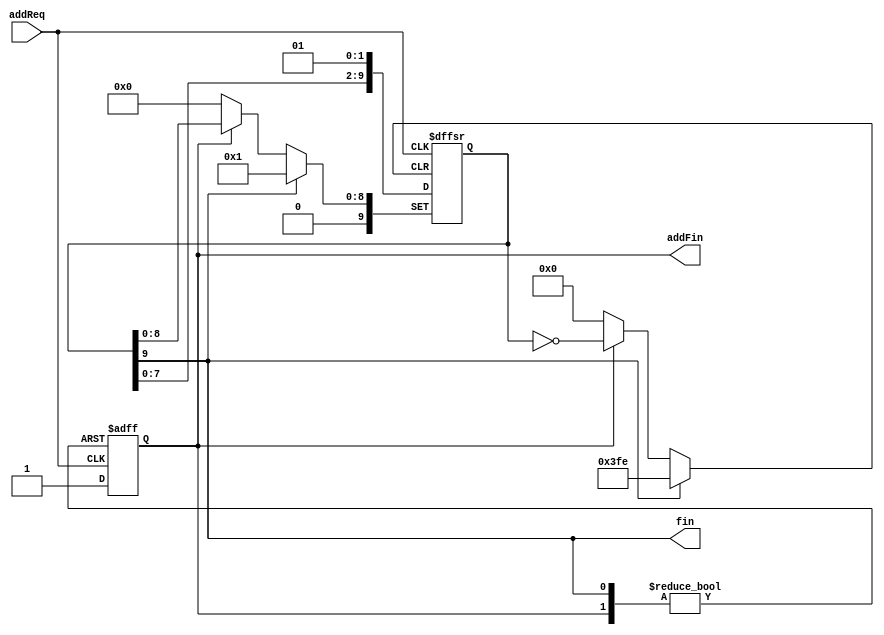
// This program was cloned from: https://github.com/Mario-Hero/Async-Karin
// License: MIT License

`timescale 1ns / 1ps
//////////////////////////////////////////////////////////////////////////////////
//
// Module Name: counter
// Description: A counter made by a shift register. (Do not use it. It's being tested.)
//
// 
// Dependencies: 
// 
// Revision:
// Revision 0.01 - File Created
// Additional Comments:
// 
//////////////////////////////////////////////////////////////////////////////////


module counter #(parameter N=10) (addReq,addFin,fin);
input addReq;
output reg addFin=1'b0;
output wire fin;

reg [N-1:0] out=1;
assign fin=out[N-1]; 
 
always@(posedge addReq or posedge addFin or posedge fin) begin
    if(fin) begin
        out<=1;
        addFin<=1'b0;
    end
    else if(addFin) begin
        out<=out;
        addFin<=1'b0;
    end
    else begin
        out<={out<<1,1'b1};
        addFin<=1'b1;
    end
end

endmodule